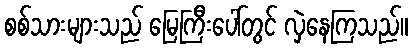
စစ်သားများသည် မြေကြီးပေါ်တွင် လှဲနေကြသည်။